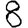
Digit: 8